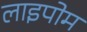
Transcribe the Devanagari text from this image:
लाइपोम